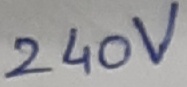
Text: 240V